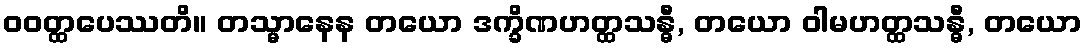
ဝဝတ္ထပေဿတိ။ တသ္မာနေန တယော ဒက္ခိဏဟတ္ထသန္ဓီ, တယော ဝါမဟတ္ထသန္ဓီ, တယော